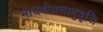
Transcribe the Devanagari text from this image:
माधवीयधातुवृत्ति